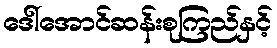
ဒေါ်အောင်ဆန်းစုကြည်နှင့်